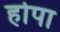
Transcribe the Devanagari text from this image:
होपा